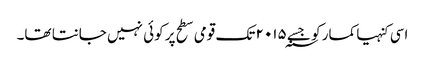
اسی کنہیا کمار کو جسے ۲۰۱۵؁ تک قومی سطح پر کوئی نہیں جانتا تھا۔